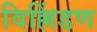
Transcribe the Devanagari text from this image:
विल्लिंडण